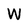
Character: W